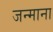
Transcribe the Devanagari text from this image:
जन्माना